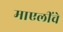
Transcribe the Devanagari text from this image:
माएलींचे